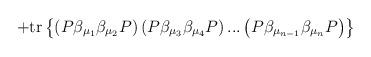
LaTeX: \begin{align*}+\mbox{tr}\left\{ \left( P\beta _{\mu _1}\beta _{\mu _2}P\right)\left( P\beta _{\mu _3}\beta _{\mu _4}P\right) ...\left( P\beta_{\mu _{n-1}}\beta _{\mu _n}P\right) \right\} \end{align*}